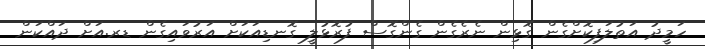
ހަމީދު އަތުލަފިކޮށްގެން ގޮޅިން ނެރެގެން ގެންގޮސް ފުރޮޅުލީ ގޮނޑިއަކަށް އަރުވައިގެން ޑރ.އަށް ދައްކަން